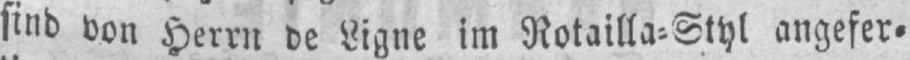
sind von Herrn de Ligne im Rotailla⸗Styl angefer⸗